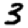
Digit: 3